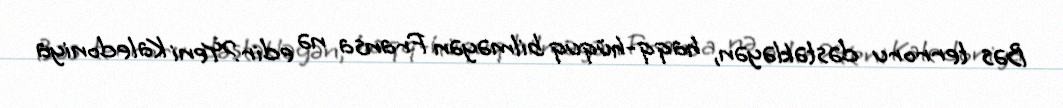
Bəs terroru dəstəkləyən, haqq-hüquq bilməyən Fransa nə edir?Yeni Kaledoniya